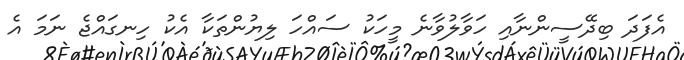
އެފަދަ ބިދޭސީންނާއި ހަވާލުވާނެ މީހަކު ސައްހަ ލިޔުންތަކާ އެކު ހިނގައްޖެ ނަމަ އެ